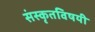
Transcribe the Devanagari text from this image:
संस्कृतविषयी